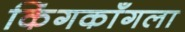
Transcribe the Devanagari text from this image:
किंगकाँगला